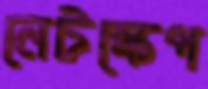
নেটস্কেপ